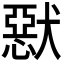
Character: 𤡾